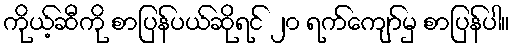
ကိုယ့်ဆီကို စာပြန်ပယ်ဆိုရင် ၂၀ ရက်ကျော်မှ စာပြန်ပါ။